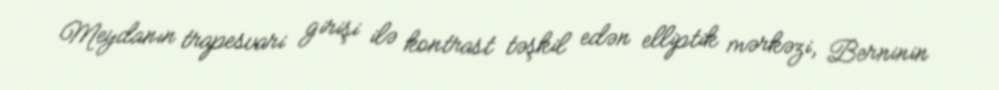
Meydanın trapesvari girişi ilə kontrast təşkil edən elliptik mərkəzi, Berninin